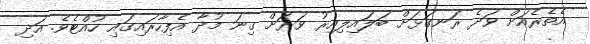
އެތެރެއަށް ވަދެ ރަނގަޅަށް ބަލައިލިއިރު ވަރަށް ގިނަ މުދާ އެފިހާރައިގައި ހުއްޓެވެ. އަދި